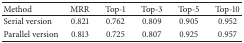
<table><thead><tr><td><b>Method</b></td><td><b>MRR</b></td><td><b>Top-1</b></td><td><b>Top-3</b></td><td><b>Top-5</b></td><td><b>Top-10</b></td></tr></thead><tbody><tr><td>Serial version</td><td>0.821</td><td>0.762</td><td>0.809</td><td>0.905</td><td>0.952</td></tr><tr><td>Parallel version</td><td>0.813</td><td>0.725</td><td>0.807</td><td>0.925</td><td>0.957</td></tr></tbody></table>